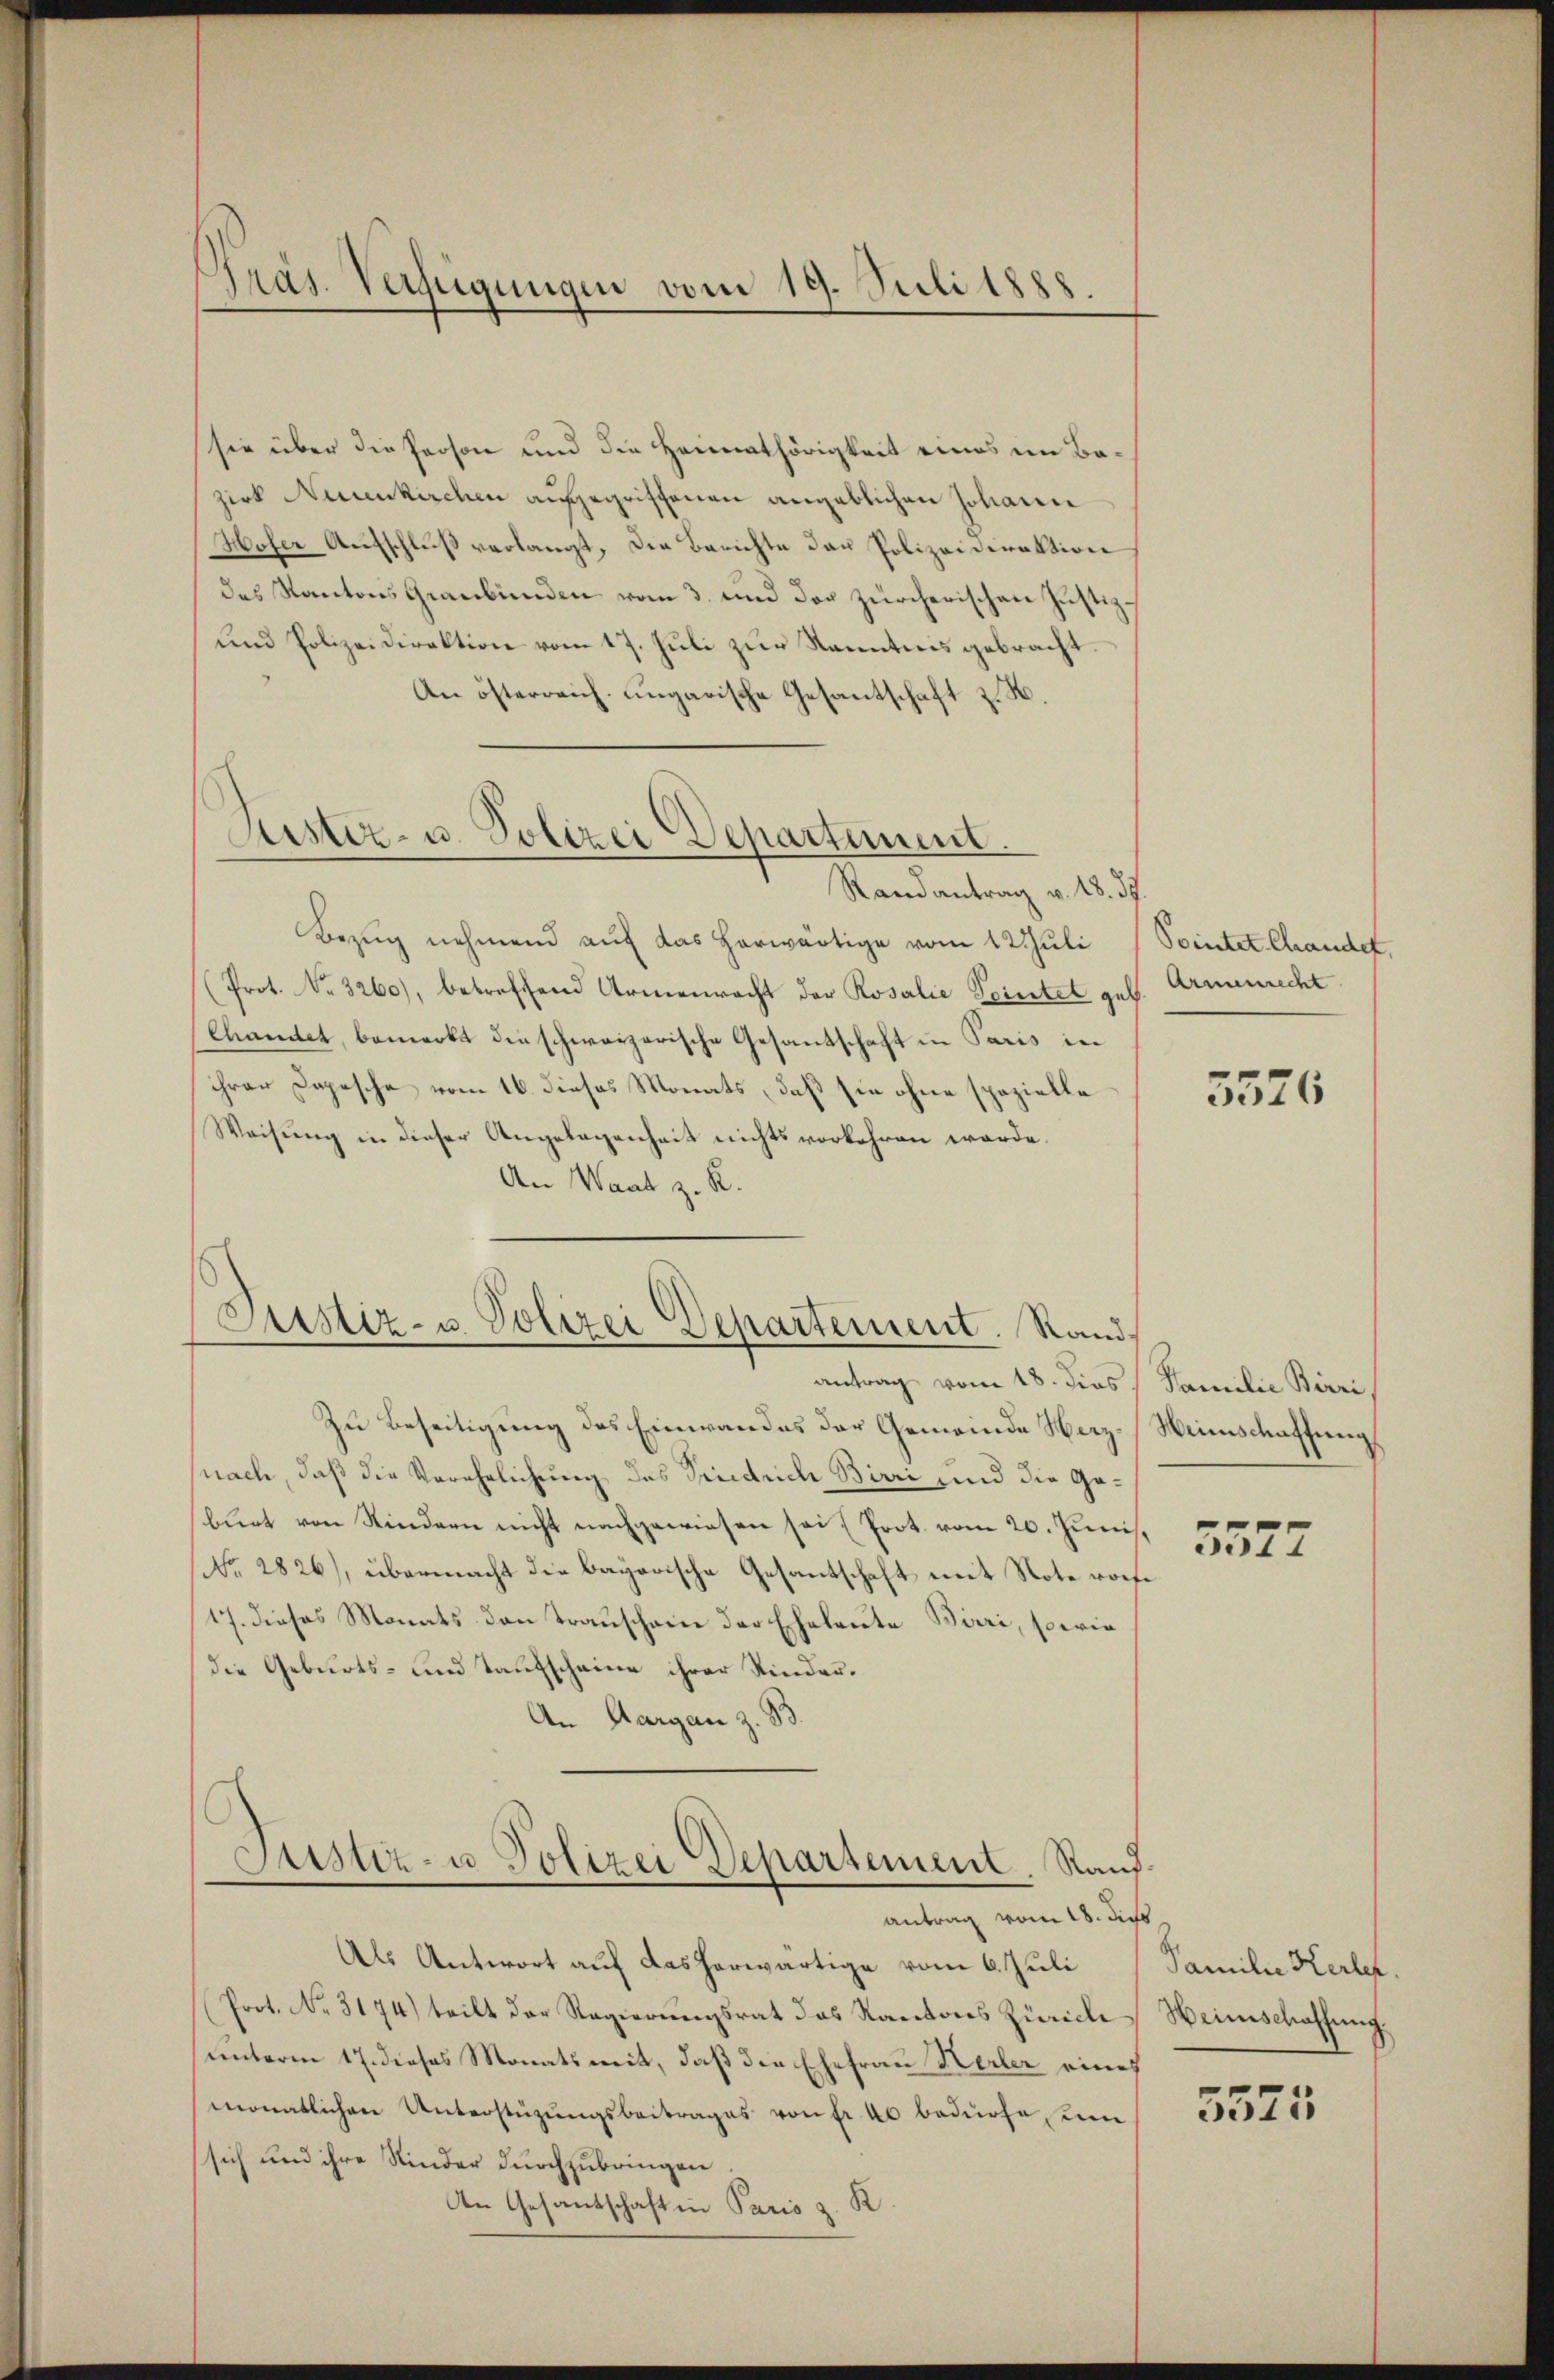
Präs. Verfügungen vom 19. Juli 1888.

sie über die Person und die Heimathörigkeit eines im Bazirk Neuenkirchen aufgegriffenen angeblichen Johann
Hofer Aufschluß verlangt, die Berichte das Polizeidirektion
des Kantons Graubünden vom 3. und der zürcherischen Justiz¬
und Polizeidirektion vom 17. Juli zur Kenntnis gebracht.
An österreich ungarische Gesantschaft z. B.
Kister- u. Polizei Departement.
Randantrag v. 18. d.
Bezug nehmend auf das herwärtige vom 12 Juli (Pointer Chander,
(Prot. No. 3260), betreffend Armenrecht der Rosalie Feiertet geb. Armenrecht
Chamtet, bemerkt die schweizerische Gesantschaft in Paris in
ihrer Depesche vom 16. dieses Monats, daß sie ohne spezielle
Weisung in dieser Angelegenheit nichts vorkehren werde.
An Waat z. R.

Justiz- u. Polizei Departement. Randantrag vom 18. dies Familie Birri

Justiz- u Polizei Departement Raufantrag vom 18. Jus

Zu Beseitigung des Einwandes der Gemeinde Narz-Weinschaffung
nach, daß die Verehelichung des Priedrich Birri sind die Geburt von Kindern nicht nachgewiesen sei (Prot. vom 20. Junis.
No. 2826), übermacht die bayerische Gesantschaft mit Note roche
17. dieses Monats den Trauschein der Eheleute Birri, sowie
die Geburts- und Taufscheine ihrer Kinder¬
An Aargau z. B.

Als Antwort auf das herwärtige vom 6. Juli
Prot. No. 3174) teilt der Regierungsrat das Kantons Zürich
unterm 17. dieses Monatsmit, daß die Ehefrau Herber eines
monatlichen Unterstüzungsbeitrages von fr. 40 bedürfe, um
sich und ihre Kinder durchzubringen
An Gesantschaft in Paris z. K

3576

5577

Familie Kerles
Weinschaffung.

3575